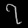
Digit: ၇